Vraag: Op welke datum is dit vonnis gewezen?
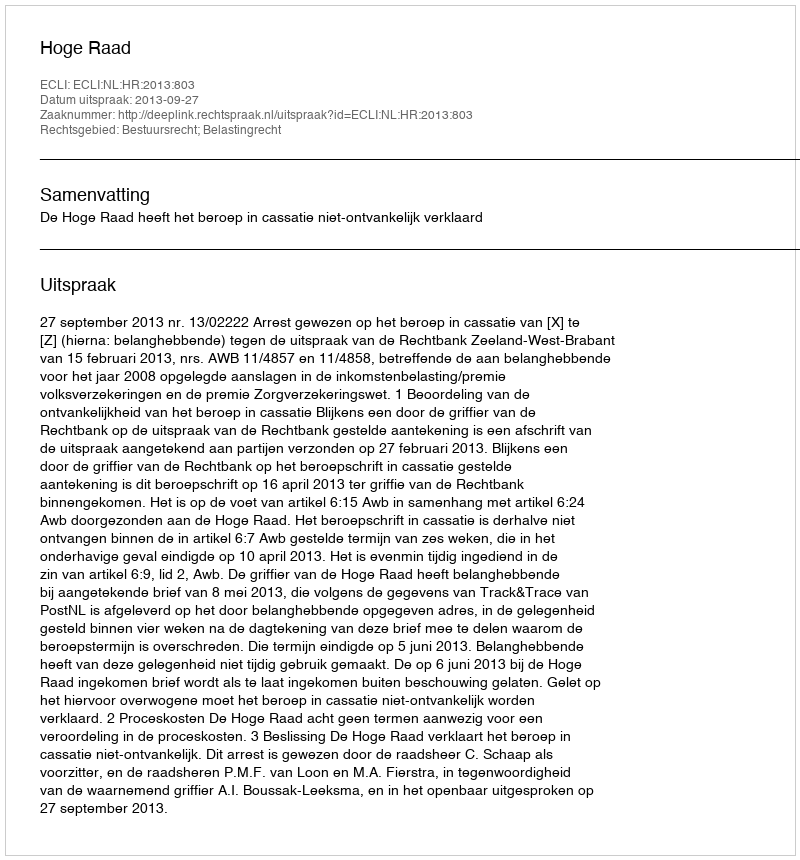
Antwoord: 2013-09-27